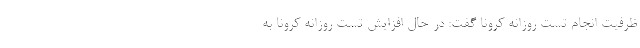
ظرفیت انجام تست روزانه کرونا گفت: در حال افزایش تست روزانه کرونا به